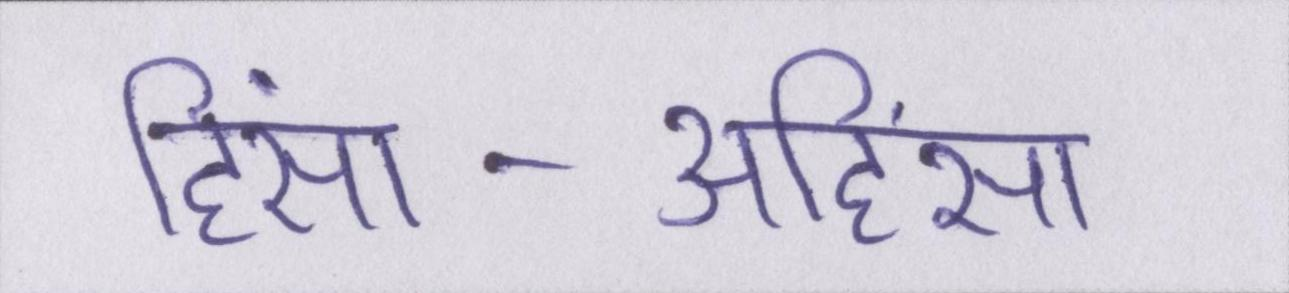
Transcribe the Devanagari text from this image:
हिंसा-अहिंसा